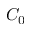
C _ { 0 }